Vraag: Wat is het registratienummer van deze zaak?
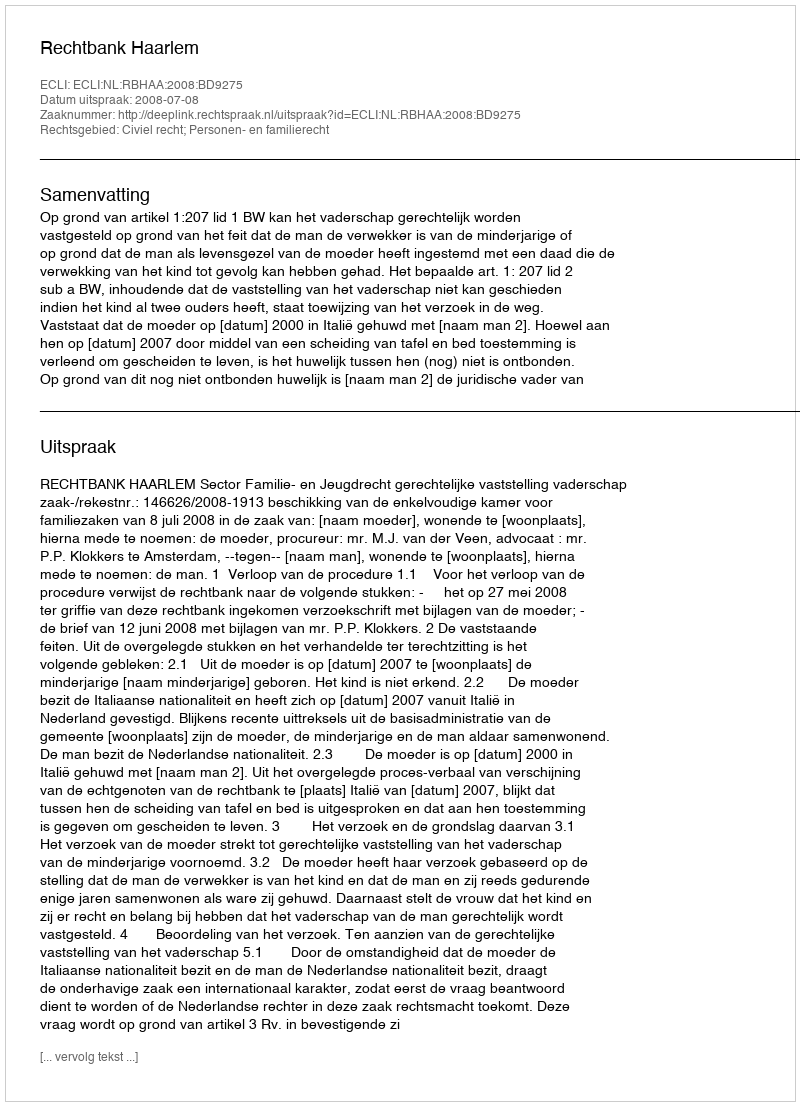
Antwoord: http://deeplink.rechtspraak.nl/uitspraak?id=ECLI:NL:RBHAA:2008:BD9275